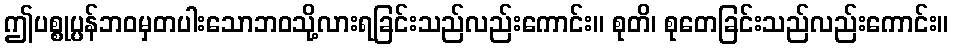
ဤပစ္စုပ္ပန်ဘဝမှတပါးသောဘဝသို့လားရခြင်းသည်လည်းကောင်း။ စုတိ၊ စုတေခြင်းသည်လည်းကောင်း။